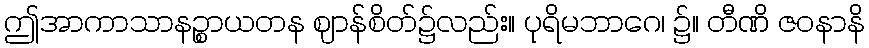
ဤအာကာသာနဉ္စာယတန ဈာန်စိတ်၌လည်း။ ပုရိမဘာဂေ၊ ၌။ တီဏိ ဇဝနာနိ